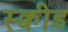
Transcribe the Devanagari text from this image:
स्क्वीड